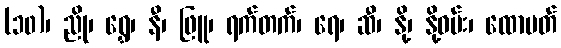
(၁၀)၊ ညို၊ ရွှေ၊ နီ၊ ဖြူ၊ ရက်တက်၊ ရေ၊ ဆီ၊ နို့၊ နို့ဓမ်း၊ ထောပတ်